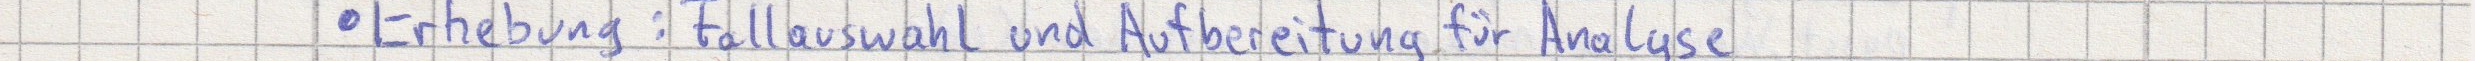
Erhebung: Fallauswahl und Aufbereitung für Analyse